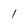
Character: 1